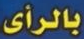
بالرأى.